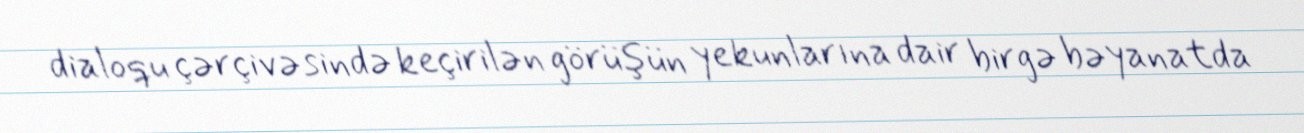
dialoqu çərçivəsində keçirilən görüşün yekunlarına dair birgə bəyanatda